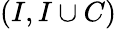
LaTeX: (I,I\cup C)